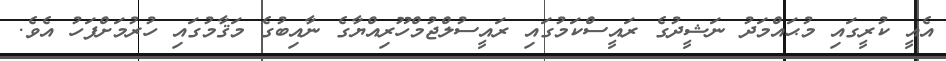
އެއީ ކުރީގައި މުޙައްމަދު ނަޝީދުގެ ރައީސްކަމުގައި ރައީސުލްޖުމްހޫރިއްޔާގެ ނާއިބުގެ މަޤާމުގައި ހުރުމަށްފަހު އެވެ.